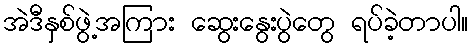
အဲဒီနှစ်ဖွဲ့အကြား ဆွေးနွေးပွဲတွေ ရပ်ခဲ့တာပါ။